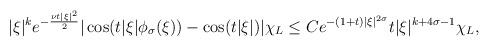
LaTeX: \begin{align*} |\xi|^{k} e^{-\frac{\nu t |\xi|^{2}}{2}}|\cos (t |\xi|\phi_{\sigma}(\xi))-\cos (t |\xi|) | \chi_{L}\le C e^{-(1+t)|\xi|^{2 \sigma}}t |\xi|^{k+4 \sigma -1} \chi_{L},\end{align*}